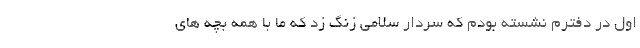
اول در دفترم نشسته بودم که سردار سلامی زنگ زد که ما با همه بچه های